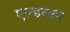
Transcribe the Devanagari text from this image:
एल्डरका